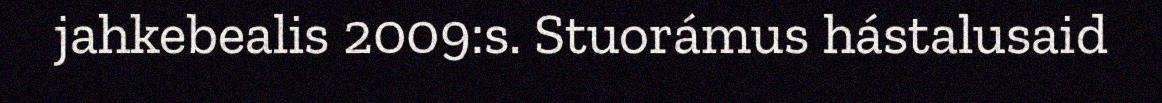
jahkebealis 2009:s. Stuorámus hástalusaid